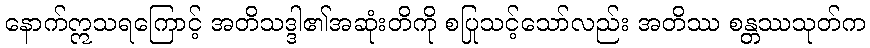
နောက်ဣသရကြောင့် အတိသဒ္ဒါ၏အဆုံးတိကို စပြုသင့်သော်လည်း အတိဿ စန္တဿသုတ်က